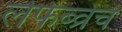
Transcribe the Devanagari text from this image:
लेफेब्व्रेचे